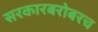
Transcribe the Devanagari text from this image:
सरकारबरोबरच